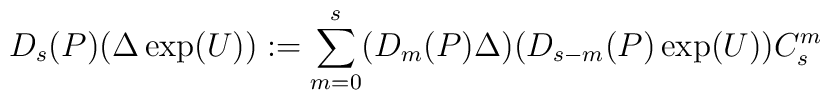
D_{s}(P)(\Delta \exp(U)):=\sum_{m=0}^{s}(D_{m}(P)\Delta)(D_{s-m}(P) \exp(U))C_{s}^{m}